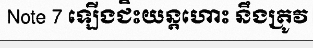
Note 7 ឡើងជិះយន្តហោះ នឹងត្រូវ